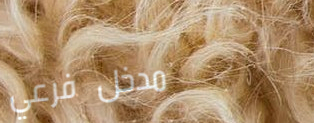
مدخل فرعي